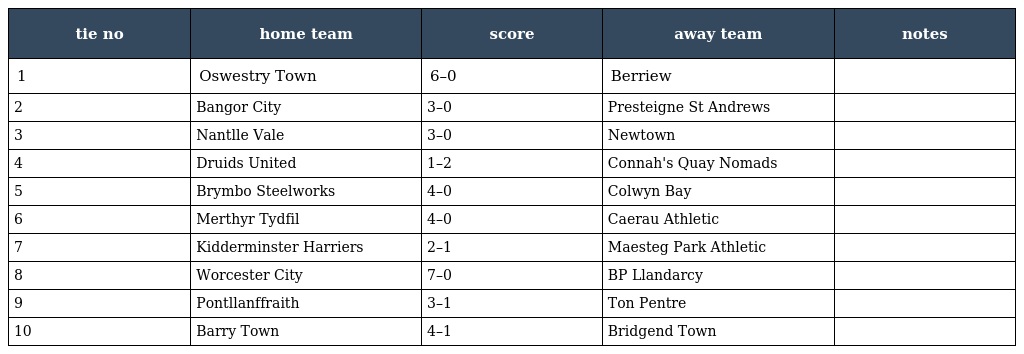
| tie no | home team | score | away team | notes |
 | --- | --- | --- | --- | --- |
 | 1 | Oswestry Town | 6–0 | Berriew |  |
 | 2 | Bangor City | 3–0 | Presteigne St Andrews |  |
 | 3 | Nantlle Vale | 3–0 | Newtown |  |
 | 4 | Druids United | 1–2 | Connah's Quay Nomads |  |
 | 5 | Brymbo Steelworks | 4–0 | Colwyn Bay |  |
 | 6 | Merthyr Tydfil | 4–0 | Caerau Athletic |  |
 | 7 | Kidderminster Harriers | 2–1 | Maesteg Park Athletic |  |
 | 8 | Worcester City | 7–0 | BP Llandarcy |  |
 | 9 | Pontllanffraith | 3–1 | Ton Pentre |  |
 | 10 | Barry Town | 4–1 | Bridgend Town |  |